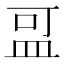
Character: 𪾌